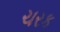
ચરક